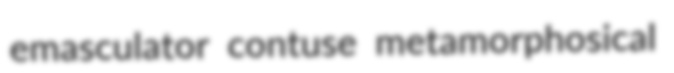
emasculator contuse metamorphosical